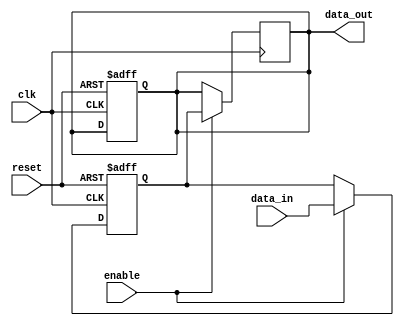
module disable_block (
    input wire clk,            // Clock signal
    input wire reset,          // Asynchronous reset signal
    input wire enable,         // Control signal to enable/disable the block
    input wire [7:0] data_in,  // Input data to process
    output reg [7:0] data_out  // Output data after processing
);

    // Internal state variable
    reg [7:0] internal_data;

    always @(posedge clk or posedge reset) begin
        if (reset) begin
            // Reset the output and internal data
            data_out <= 8'b0;
            internal_data <= 8'b0;
        end else if (enable) begin
            // Normal operation: process the input data
            internal_data <= data_in; // Example processing: just pass the input
            // You can add more complex logic here as needed
        end
        // When disabled, data_out remains unchanged
    end

    // Assign internal data to output when enabled
    always @(posedge clk) begin
        if (enable) begin
            data_out <= internal_data;
        end
        // When disabled, data_out retains its previous value
    end

endmodule